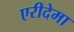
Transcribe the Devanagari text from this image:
एरीदेमा